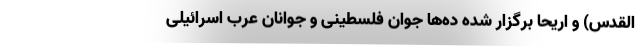
‌القدس) و اریحا برگزار شده ده‌ها جوان فلسطینی و جوانان عرب اسرائیلی